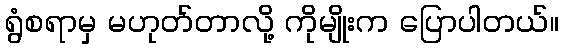
ရွံစရာမှ မဟုတ်တာလို့ ကိုမျိုးက ပြောပါတယ်။